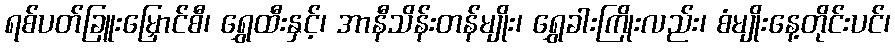
ရစ်ပတ်ခြူးမြှောင်စီ၊ ရွှေထီးနှင့်၊ အာနီသိန်းတန်မျိုး၊ ရွှေခါးကြိုးလည်း၊ စံမျိုးနေ့တိုင်းပင်၊